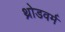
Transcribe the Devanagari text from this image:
थ्रोडवर्म